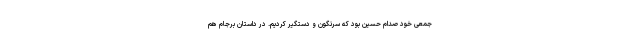
جمعی خود صدام حسین بود که سرنگون و دستگیر کردیم. در داستان برجام هم